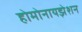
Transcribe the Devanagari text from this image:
होमोनायझेशन